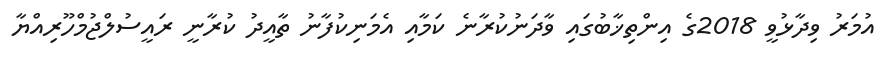
އުމަރު ވިދާޅުވީ 2018ގެ އިންތިޚާބުގައި ވާދަނުކުރާނެ ކަމާއި އެމަނިކުފާނު ތާއީދު ކުރާނީ ރައީސުލްޖުމްހޫރިއްޔާ